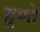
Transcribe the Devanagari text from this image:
हुणों